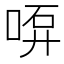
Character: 𠶡